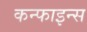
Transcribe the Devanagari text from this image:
कन्फाइन्स